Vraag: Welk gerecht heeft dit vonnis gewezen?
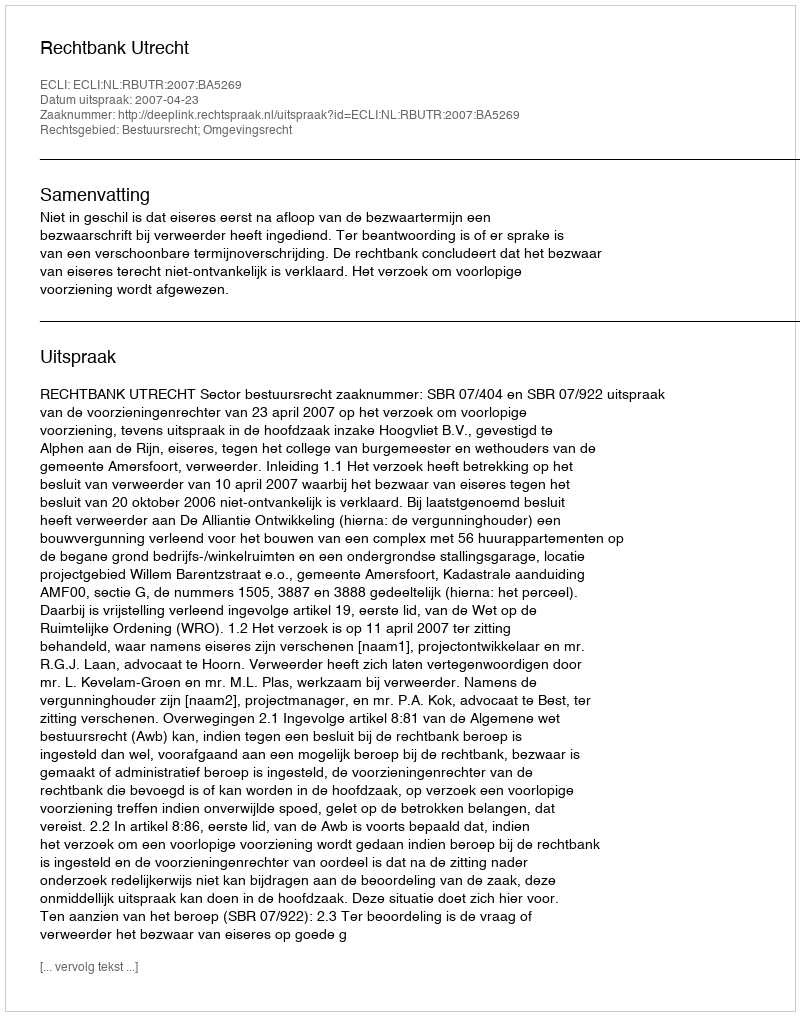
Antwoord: Rechtbank Utrecht